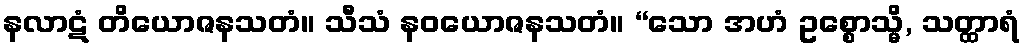
နလာဋံ တိယောဇနသတံ။ သီသံ နဝယောဇနသတံ။ “သော အဟံ ဥစ္စောသ္မိ, သတ္ထာရံ